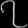
Digit: ၇